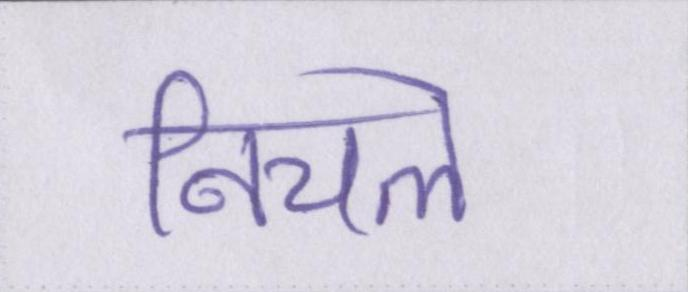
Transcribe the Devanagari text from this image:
निचले